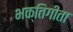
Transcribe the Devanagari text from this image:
भक्तिगीता